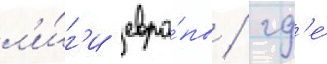
л'и́г'и евро́пы / гд'е́